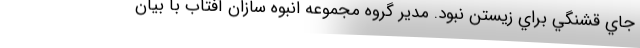
جاي قشنگي براي زيستن نبود. مدیر گروه مجموعه انبوه سازان آفتاب با بیان